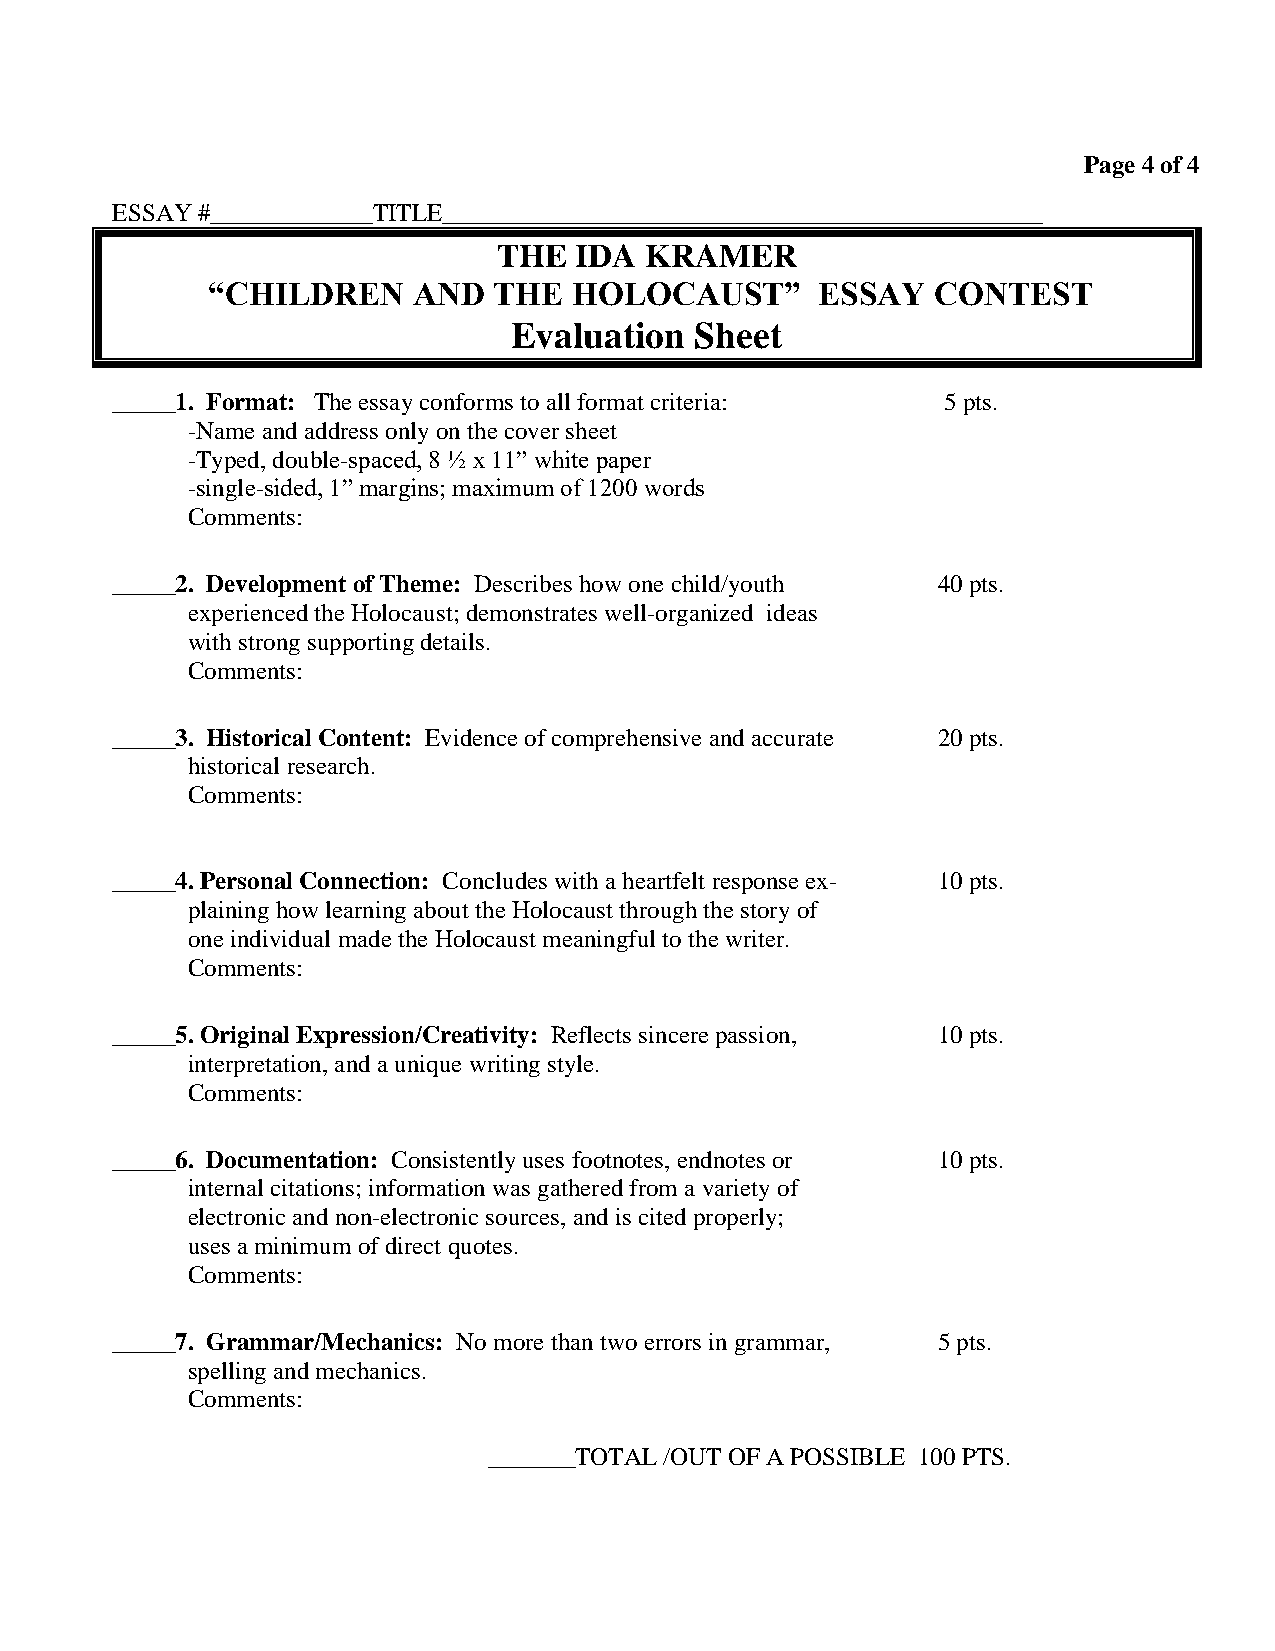
Page 4 of 4
 ESSAY #_____________TITLE________________________________________________
 THE  IDA  KRAMER
 “CHILDREN    AND   THE  HOLOCAUST”      ESSAY   CONTEST
 Evaluation  Sheet
 _____1. Format: The essay conforms to all format criteria: 5 pts.
 -Name and address only on the cover sheet
 -Typed, double-spaced, 8 ½ x 11” white paper
 -single-sided, 1” margins; maximum of 1200 words
 Comments:
 _____2. Development of Theme: Describes how one child/youth 40 pts.
 experienced the Holocaust; demonstrates well-organized ideas
 with strong supporting details.
 Comments:
 _____3. Historical Content: Evidence of comprehensive and accurate 20 pts.
 historical research.
 Comments:
 _____4. Personal Connection: Concludes with a heartfelt response ex- 10 pts.
 plaining how learning about the Holocaust through the story of
 one individual made the Holocaust meaningful to the writer.
 Comments:
 _____5. Original Expression/Creativity: Reflects sincere passion, 10 pts.
 interpretation, and a unique writing style.
 Comments:
 _____6. Documentation: Consistently uses footnotes, endnotes or 10 pts.
 internal citations; information was gathered from a variety of
 electronic and non-electronic sources, and is cited properly;
 uses a minimum of direct quotes.
 Comments:
 _____7. Grammar/Mechanics: No more than two errors in grammar, 5 pts.
 spelling and mechanics.
 Comments:
 _______TOTAL /OUT OF A POSSIBLE 100 PTS.